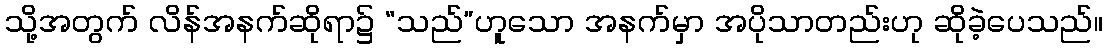
သို့အတွက် လိန်အနက်ဆိုရာ၌ “သည်”ဟူသော အနက်မှာ အပိုသာတည်းဟု ဆိုခဲ့ပေသည်။